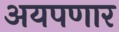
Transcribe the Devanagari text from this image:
अयपणार